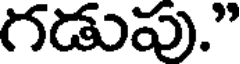
గడుపు."